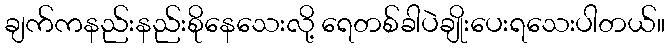
ချက်ကနည်းနည်းစိုနေသေးလို့ ရေတစ်ခါပဲချိုးပေးရသေးပါတယ်။